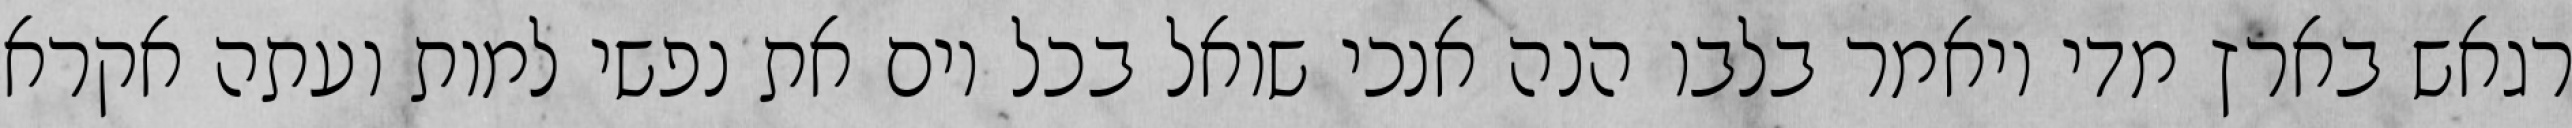
רגאש בארץ מדי ויאמר בלבו הנה אנכי שואל בכל יום את נפשי למות ועתה אקרא